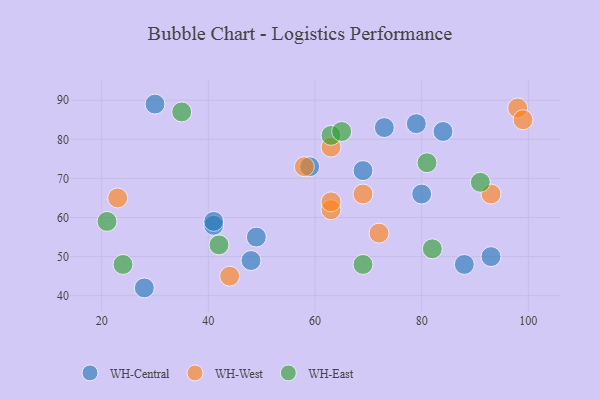
{"axis": {"x": "GDP", "y": "Life Expectancy"}, "legend": ["WH-Central", "WH-East", "WH-West"], "data": [{"x": "41", "y": 58, "type": "WH-Central"}, {"x": "48", "y": 49, "type": "WH-Central"}, {"x": "80", "y": 66, "type": "WH-Central"}, {"x": "69", "y": 72, "type": "WH-Central"}, {"x": "30", "y": 89, "type": "WH-Central"}, {"x": "84", "y": 82, "type": "WH-Central"}, {"x": "79", "y": 84, "type": "WH-Central"}, {"x": "49", "y": 55, "type": "WH-Central"}, {"x": "93", "y": 50, "type": "WH-Central"}, {"x": "59", "y": 73, "type": "WH-Central"}, {"x": "41", "y": 59, "type": "WH-Central"}, {"x": "88", "y": 48, "type": "WH-Central"}, {"x": "28", "y": 42, "type": "WH-Central"}, {"x": "73", "y": 83, "type": "WH-Central"}, {"x": "23", "y": 65, "type": "WH-West"}, {"x": "93", "y": 66, "type": "WH-West"}, {"x": "44", "y": 45, "type": "WH-West"}, {"x": "63", "y": 62, "type": "WH-West"}, {"x": "63", "y": 64, "type": "WH-West"}, {"x": "98", "y": 88, "type": "WH-West"}, {"x": "58", "y": 73, "type": "WH-West"}, {"x": "72", "y": 56, "type": "WH-West"}, {"x": "63", "y": 78, "type": "WH-West"}, {"x": "99", "y": 85, "type": "WH-West"}, {"x": "69", "y": 66, "type": "WH-West"}, {"x": "24", "y": 48, "type": "WH-East"}, {"x": "21", "y": 59, "type": "WH-East"}, {"x": "69", "y": 48, "type": "WH-East"}, {"x": "81", "y": 74, "type": "WH-East"}, {"x": "42", "y": 53, "type": "WH-East"}, {"x": "35", "y": 87, "type": "WH-East"}, {"x": "91", "y": 69, "type": "WH-East"}, {"x": "63", "y": 81, "type": "WH-East"}, {"x": "65", "y": 82, "type": "WH-East"}, {"x": "82", "y": 52, "type": "WH-East"}]}